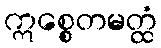
ဣစ္စေတမတ္ထံ